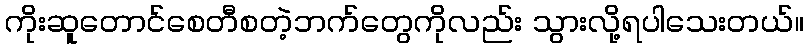
ကိုးဆူတောင်စေတီစတဲ့ဘက်တွေကိုလည်း သွားလို့ရပါသေးတယ်။